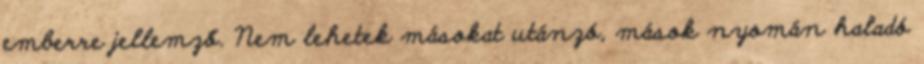
emberre jellemző. Nem lehetek másokat utánzó, mások nyomán haladó